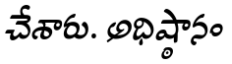
చేశారు. అధిష్ఠానం